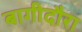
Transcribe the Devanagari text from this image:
बागीदौरा